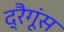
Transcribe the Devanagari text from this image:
द्रैगूंस